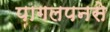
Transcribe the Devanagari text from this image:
पागलपनसे